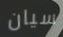
سيان